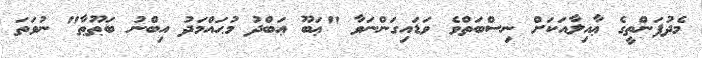
މެދުފަންތީގެ ޢާއިލާއަކަށް ނިސްބަތްވެ ވަޑައިގަންނަވާ "ޢަބޫ ޢަބްދު މުޙައްމަދު އިބްނު ބަޠޫޠާ" ނުވަތަ